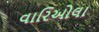
વારિઓલા